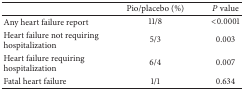
<table><thead><tr><td><b> </b></td><td><b>Pio/placebo (%)</b></td><td><b><i>P</i> value</b></td></tr></thead><tbody><tr><td>Any heart failure report</td><td>11/8</td><td>&lt;0.0001</td></tr><tr><td>Heart failure not requiring hospitalization</td><td>5/3</td><td>0.003</td></tr><tr><td>Heart failure requiring hospitalization</td><td>6/4</td><td>0.007</td></tr><tr><td>Fatal heart failure</td><td>1/1</td><td>0.634</td></tr></tbody></table>